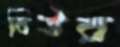
বিউর